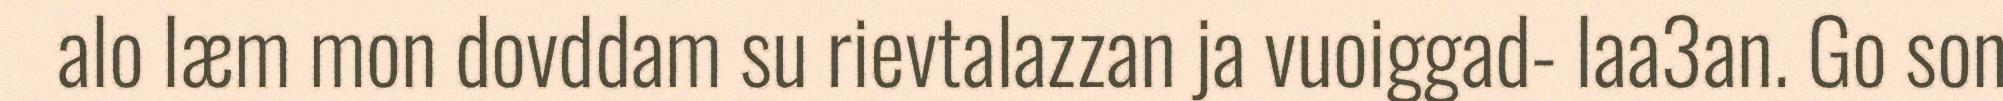
alo læm mon dovddam su rievtalazzan ja vuoiggad- laa3an. Go son